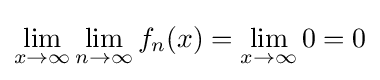
\lim _{x\to \infty }\lim _{n\to \infty }f_{n}(x)=\lim _{x\to \infty }0=0